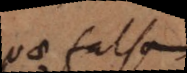
quae falsam